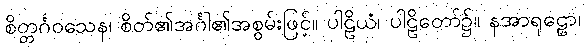
စိတ္တင်္ဂဝသေန၊ စိတ်၏အင်္ဂါ၏အစွမ်းဖြင့်။ ပါဠိယံ၊ ပါဠိတော်၌။ နအာရုဠှော၊